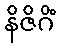
နိဇိဂိံ